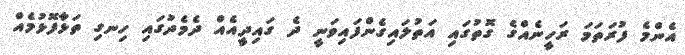
އެންމެ ފުރަތަމަ ރަހީނެއްގެ ގޮތުގައި އަތުލައިގެންފައިވަނީ ދެ ގައިދީއެއް ދެމެދުގައި ހިނގި ތަޅާފޮޅުމެއް